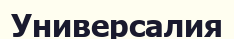
Универсалия